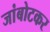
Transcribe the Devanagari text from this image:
जांबोटकर